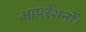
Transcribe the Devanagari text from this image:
आपरेशनों।